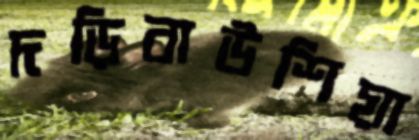
দড়িবাউশিয়া